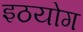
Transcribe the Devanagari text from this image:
इठयोग